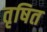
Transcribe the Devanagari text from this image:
तृषित